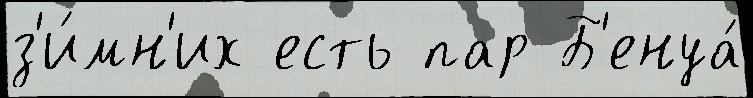
з'и́мн'их есть пар Б'енуа́